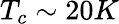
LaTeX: T_{c}\sim 20K